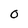
Character: 0